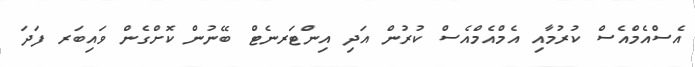
އެސްއެމްއެސް ކުރުމާއި އެމްއެމްއެސް ކުރުން އަދި އިންޓަރނެޓް ބޭނުން ކޮށްގެން ވައިބަރ ފަދަ